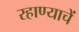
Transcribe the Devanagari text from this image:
रहाण्याचें